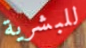
للبشرية